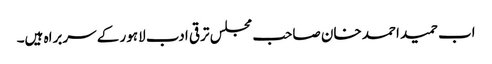
اب حمید احمد خان صاحب مجلس ترقی ادب لاہور کے سربراہ ہیں۔